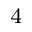
^ 4